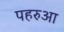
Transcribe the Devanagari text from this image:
पहरुआ